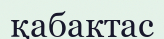
қабактас